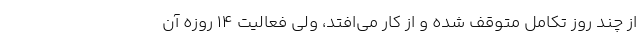
از چند روز تکامل متوقف شده و از کار می‌افتد، ولی فعالیت ۱۴ روزه آن